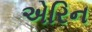
એરિન